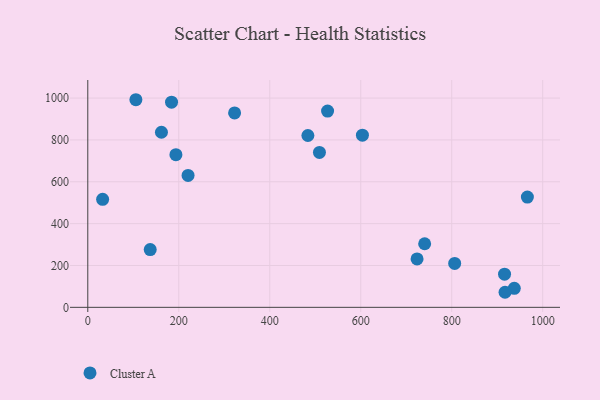
{"axis": {"x": "Experience", "y": "Fuel Efficiency"}, "legend": ["Cluster A"], "data": [{"x": "193.7", "y": 729.6, "type": "Cluster A"}, {"x": "32.6", "y": 516.2, "type": "Cluster A"}, {"x": "527.1", "y": 937.9, "type": "Cluster A"}, {"x": "966.3", "y": 526.9, "type": "Cluster A"}, {"x": "137.2", "y": 276.2, "type": "Cluster A"}, {"x": "740.5", "y": 303.9, "type": "Cluster A"}, {"x": "322.7", "y": 929.0, "type": "Cluster A"}, {"x": "937.5", "y": 90.8, "type": "Cluster A"}, {"x": "723.8", "y": 231.4, "type": "Cluster A"}, {"x": "917.2", "y": 72.0, "type": "Cluster A"}, {"x": "916.1", "y": 158.7, "type": "Cluster A"}, {"x": "806.5", "y": 209.8, "type": "Cluster A"}, {"x": "220.4", "y": 630.5, "type": "Cluster A"}, {"x": "483.8", "y": 821.1, "type": "Cluster A"}, {"x": "509.2", "y": 740.2, "type": "Cluster A"}, {"x": "161.9", "y": 836.7, "type": "Cluster A"}, {"x": "184.1", "y": 980.3, "type": "Cluster A"}, {"x": "603.7", "y": 822.8, "type": "Cluster A"}, {"x": "105.7", "y": 992.1, "type": "Cluster A"}]}